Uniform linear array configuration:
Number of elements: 64
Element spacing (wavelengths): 1
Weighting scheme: hamming
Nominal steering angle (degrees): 45
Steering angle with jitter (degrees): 45.417
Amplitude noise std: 0.05
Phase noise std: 0.05

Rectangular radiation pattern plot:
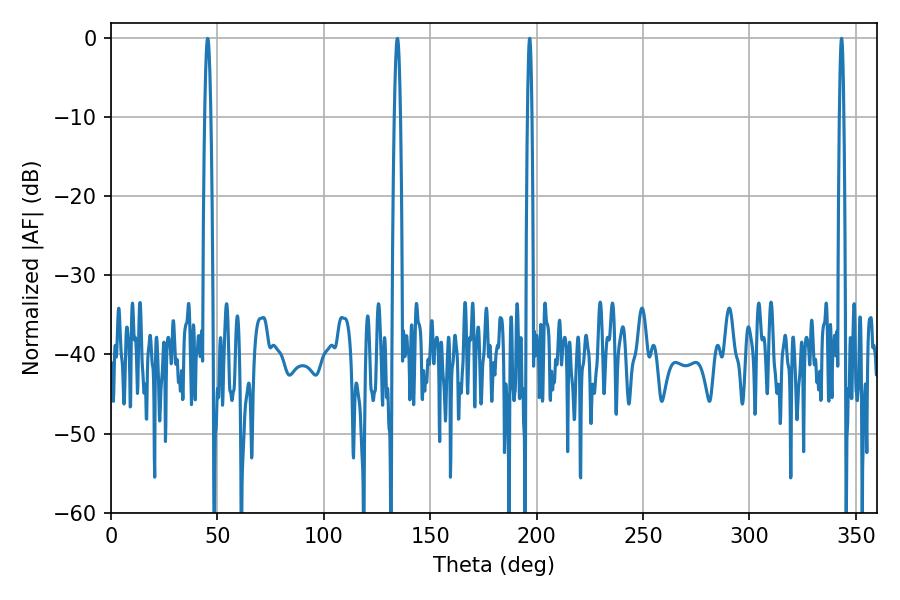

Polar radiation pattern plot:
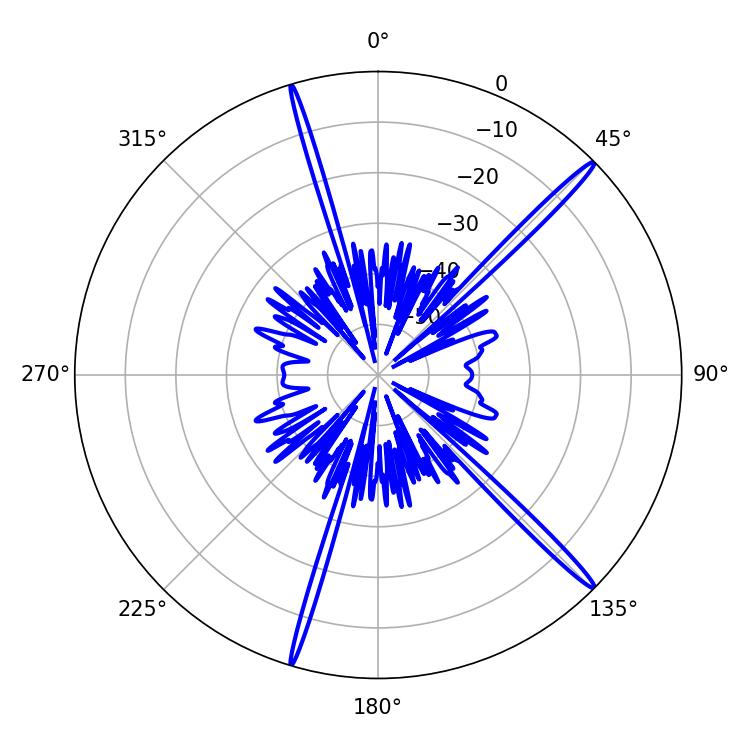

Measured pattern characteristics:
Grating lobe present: TRUE
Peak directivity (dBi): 18.124
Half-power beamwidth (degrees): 1.08
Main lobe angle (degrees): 196.74